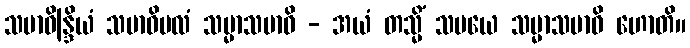
သမာဓိန္ဒြိယံ သမာဓိဗလံ သမ္မာသမာဓိ - အယံ တသ္မိံ သမယေ သမ္မာသမာဓိ ဟောတိ။